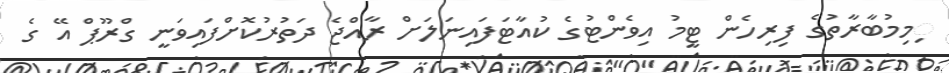
ިމިމުބާރާތުގެ ފިރިހެން ޓީމު އިވެންޓުގެ ކުއާޓަފައިނަލަށް ރާއްޖެ ދަތުރުކޮށްފައިވަނީ ގްރޫޕް އޭ ގެ